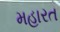
મહારત